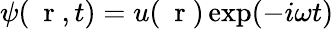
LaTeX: \psi(\mathrm{~\mathbf~r~},t)=u(\mathrm{~\mathbf~r~})\exp(-i\omega t)